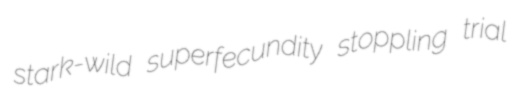
stark-wild superfecundity stoppling trial